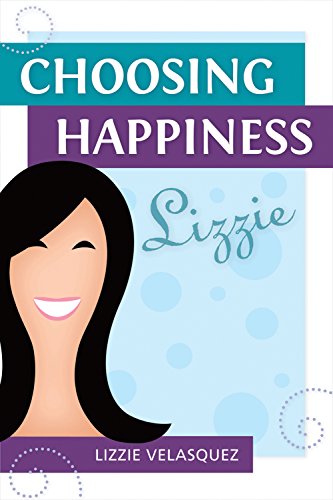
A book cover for Choosing Happiness; Lizzie Velasquez; Children's Books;